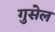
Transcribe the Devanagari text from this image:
गुसेल